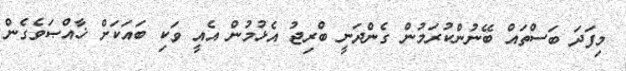
މިފަދަ ބަސްތައް ބޭނުންކުރަމުން ގެންދަނީ ބްރިޖު އެޅުމުން އެއީ ވަކި ބައަކަށް ޚާއްޞަވެގެން